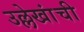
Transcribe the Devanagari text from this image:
उल्लेखांची